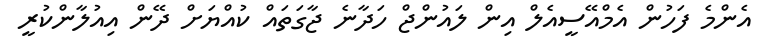
އެންމެ ފަހުން އެމްއޭސީއެލް އިން ލައުންޖް ހަދާނެ ޖާގަތައް ކުއްޔަށް ދޭން އިއުލާންކުރީ